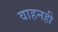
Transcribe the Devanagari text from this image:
वाहनही